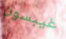
غيبسون